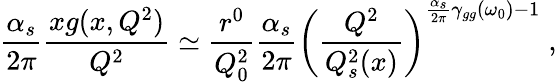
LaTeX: {\frac{\alpha_{s}}{2\pi}}{\frac{xg(x,Q^{2})}{Q^{2}}}\simeq{\frac{r^{0}}{Q_{0}^{2}}}{\frac{\alpha_{s}}{2\pi}}\left({\frac{Q^{2}}{Q_{s}^{2}(x)}}\right)^{{\frac{\alpha_{s}}{2\pi}}\gamma_{gg}(\omega_{0})-1}\; ,